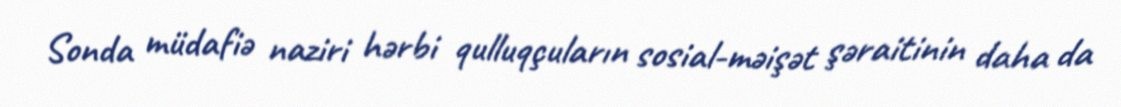
Sonda müdafiə naziri hərbi qulluqçuların sosial-məişət şəraitinin daha da